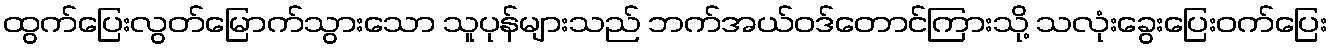
ထွက်ပြေးလွတ်မြောက်သွားသော သူပုန်များသည် ဘက်အယ်ဝဒ်တောင်ကြားသို့ သလုံးခွေးပြေးဝက်ပြေး